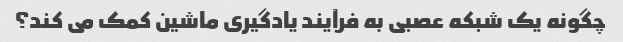
چگونه یک شبکه عصبی به فرآیند یادگیری ماشین کمک می کند؟